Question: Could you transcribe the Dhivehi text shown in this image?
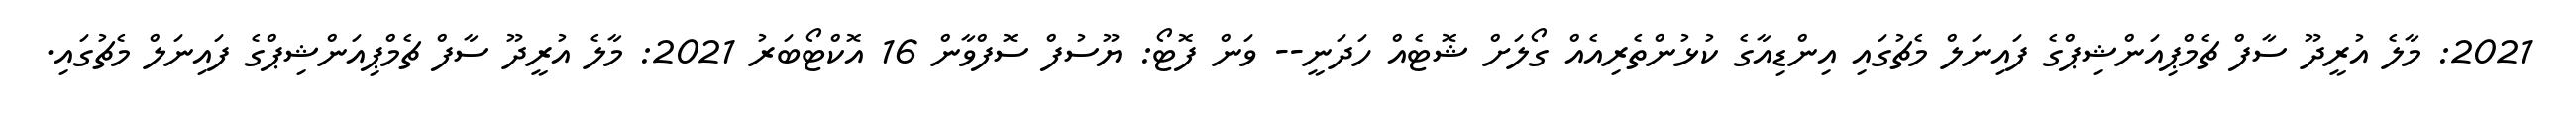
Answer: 2021: މާލެ އުރީދޫ ސާފް ޗެމްޕިއަންޝިޕްގެ ފައިނަލް މެޗުގައި އިންޑިއާގެ ކުޅުންތެރިއެއް ގޯލަށް ޝޮޓެއް ހަދަނީ-- ވަން ފޮޓޯ: ޔޫސުފް ސޮފްވާން 16 އޮކްޓޯބަރު 2021: މާލެ އުރީދޫ ސާފް ޗެމްޕިއަންޝިޕްގެ ފައިނަލް މެޗުގައި.